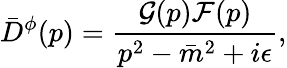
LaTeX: {\bar{D}}^{\phi}(p)=\frac{{\cal G}(p){\cal F}(p)}{p^{2}-{\bar{m}}^{2}+i\epsilon},